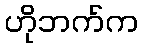
ဟိုဘက်က